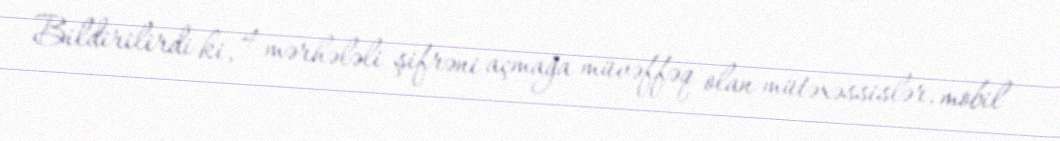
Bildirilirdi ki, 4 mərhələli şifrəni açmağa müvəffəq olan mütəxəssislər, mobil